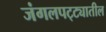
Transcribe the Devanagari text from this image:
जंगलपट्ट्यातील